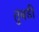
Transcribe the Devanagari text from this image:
तुंबडी